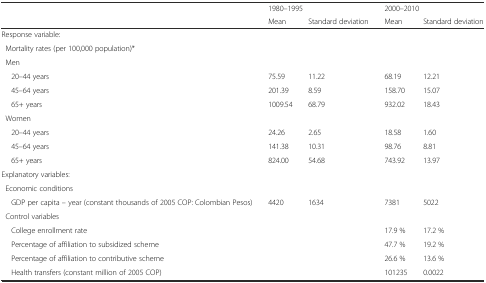
<table><thead><tr><td rowspan="2"></td><td colspan="2"><b>1980–1995</b></td><td colspan="2"><b>2000–2010</b></td></tr><tr><td><b>Mean</b></td><td><b>Standard deviation</b></td><td><b>Mean</b></td><td><b>Standard deviation</b></td></tr></thead><tbody><tr><td>Response variable:</td><td></td><td></td><td></td><td></td></tr><tr><td> Mortality rates (per 100,000 population)*</td><td></td><td></td><td></td><td></td></tr><tr><td> Men</td><td></td><td></td><td></td><td></td></tr><tr><td>20–44 years</td><td>75.59</td><td>11.22</td><td>68.19</td><td>12.21</td></tr><tr><td>45–64 years</td><td>201.39</td><td>8.59</td><td>158.70</td><td>15.07</td></tr><tr><td>65+ years</td><td>1009.54</td><td>68.79</td><td>932.02</td><td>18.43</td></tr><tr><td> Women</td><td></td><td></td><td></td><td></td></tr><tr><td>20–44 years</td><td>24.26</td><td>2.65</td><td>18.58</td><td>1.60</td></tr><tr><td>45–64 years</td><td>141.38</td><td>10.31</td><td>98.76</td><td>8.81</td></tr><tr><td>65+ years</td><td>824.00</td><td>54.68</td><td>743.92</td><td>13.97</td></tr><tr><td>Explanatory variables:</td><td></td><td></td><td></td><td></td></tr><tr><td> Economic conditions</td><td></td><td></td><td></td><td></td></tr><tr><td>GDP per capita – year (constant thousands of 2005 COP: Colombian Pesos)</td><td>4420</td><td>1634</td><td>7381</td><td>5022</td></tr><tr><td> Control variables</td><td></td><td></td><td></td><td></td></tr><tr><td>College enrollment rate</td><td></td><td></td><td>17.9 %</td><td>17.2 %</td></tr><tr><td>Percentage of affiliation to subsidized scheme</td><td></td><td></td><td>47.7 %</td><td>19.2 %</td></tr><tr><td>Percentage of affiliation to contributive scheme</td><td></td><td></td><td>26.6 %</td><td>13.6 %</td></tr><tr><td>Health transfers (constant million of 2005 COP)</td><td></td><td></td><td>101235</td><td>0.0022</td></tr></tbody></table>